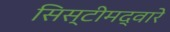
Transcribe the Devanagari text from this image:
सिस्टीमद्वारे